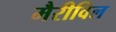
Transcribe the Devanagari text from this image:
मैरीविल